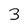
Character: 3